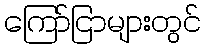
ကြော်ငြာများတွင်